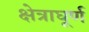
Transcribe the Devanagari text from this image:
क्षेत्राघूर्ण